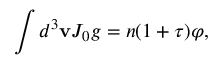
\int d ^ { 3 } { \bf v } J _ { 0 } g = n ( 1 + \tau ) \varphi ,